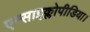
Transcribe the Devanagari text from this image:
एन्साइक्लोपीडिया।